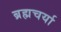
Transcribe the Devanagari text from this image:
ब्रह्मचर्या